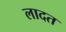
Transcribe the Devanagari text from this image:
लादत